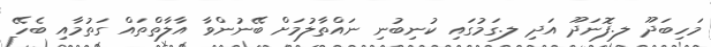
މަހިބަދޫ ލ.ފޮނަދޫ އަދި ލ.ގަމުގައި ކުނިބުނި ނައްތާލުމަށް ބޭނުންވާ އާލާތްތައް ގަތުމާއި ބެހޭ